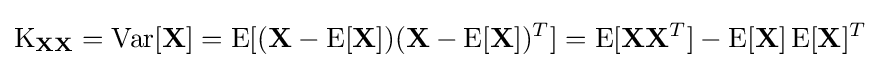
\operatorname {K} _{\mathbf {X} \mathbf {X} }=\operatorname {Var} [\mathbf {X} ]=\operatorname {E} [(\mathbf {X} -\operatorname {E} [\mathbf {X} ])(\mathbf {X} -\operatorname {E} [\mathbf {X} ])^{T}]=\operatorname {E} [\mathbf {X} \mathbf {X} ^{T}]-\operatorname {E} [\mathbf {X} ]\operatorname {E} [\mathbf {X} ]^{T}